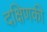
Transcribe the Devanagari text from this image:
दक्षिणकी